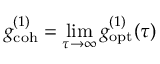
g _ { \mathrm { c o h } } ^ { ( 1 ) } = \operatorname* { l i m } _ { \tau \rightarrow \infty } g _ { \mathrm { o p t } } ^ { ( 1 ) } ( \tau )